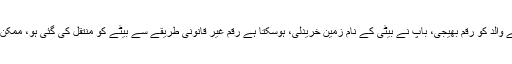
جسٹس آصف سعید کھوسہ نے کہا ہوسکتا ہے کہ یہ کالا دھن ہو بیٹے نے والد کو رقم بھیجی، باپ نے بیٹی کے نام زمین خریدلی، ہوسکتا ہے رقم غیر قانونی طریقے سے بیٹے کو منتقل کی گئی ہو، ممکن ہے مریم نے والد کی جانب سے دی گئی رقم سے ہی جائیداد خریدی ہو۔